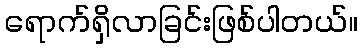
ရောက်ရှိလာခြင်းဖြစ်ပါတယ်။